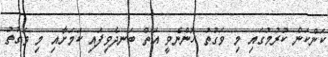
ކަންކަން ކުރުމުގައި މި ވަގުތު ހުންނެވީ އަތް ބަނދެވިފައި ކަމަށާއި މި ވަގުތު